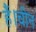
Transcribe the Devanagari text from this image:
हैं।चीन